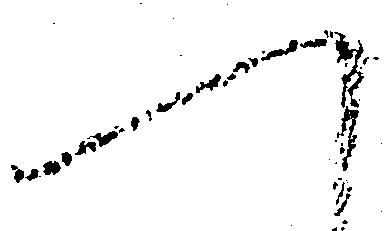
へ